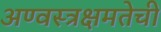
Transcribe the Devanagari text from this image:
अण्वस्त्रक्षमतेची